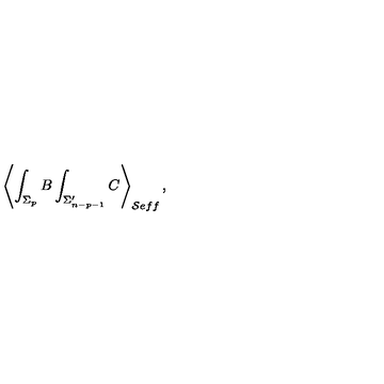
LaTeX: \left\langle \int _ { \Sigma _ { p } } B \int _ { \Sigma _ { n - p - 1 } ^ { \prime } } C \right\rangle _ { \mathcal { S } e f f } ,